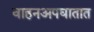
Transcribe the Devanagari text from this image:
वाहनअपघातात